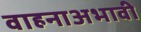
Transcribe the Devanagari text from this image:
वाहनाअभावी